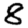
Digit: 8